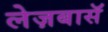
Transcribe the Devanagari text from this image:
लेज़बासॅ